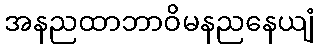
အနညထာဘာဝိမနညနေယျံ